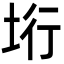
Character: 垳